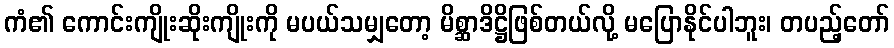
ကံ၏ ကောင်းကျိုးဆိုးကျိုးကို မပယ်သမျှတော့ မိစ္ဆာဒိဋ္ဌိဖြစ်တယ်လို့ မပြောနိုင်ပါဘူး၊ တပည့်တော်